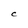
Character: C